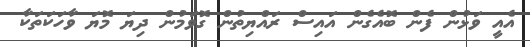
އެއީ ވަޅުން ފެން ބޮއެގެން އައިސް ރައްޔިތުން ގޮވަމުން ދިޔަ މޮޔަ ވާހަކަތަކާ